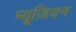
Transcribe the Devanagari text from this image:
म्यूज़ियन